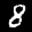
Label: 8